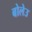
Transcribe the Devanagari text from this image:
बोलेउ